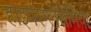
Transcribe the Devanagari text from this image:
हाइपरग्लेसेमिया